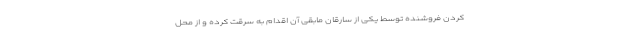
کردن فروشنده توسط یکی از سارقان مابقی آن اقدام به سرقت کرده و از محل